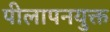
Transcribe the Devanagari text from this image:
पीलापनयुक्त